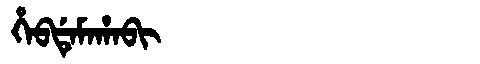
Manchu: ᡥᡝᠪᡩᡝᠮᠠᡥᠠᠪᡳ
Romanization: HEBDEMAHABI